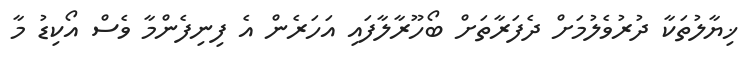
ޚިޔާލުތަކާ ދުރުވެލުމަށް ދެފަރާތަށް ބޯހޫރާލާފައި އަހަރެން އެ ފިނިފެންމާ ވެސް އޯކިޑު މާ